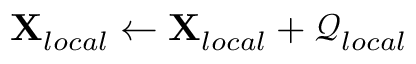
\mathbf { X } _ { l o c a l } \leftarrow \mathbf { X } _ { l o c a l } + \mathcal { Q } _ { l o c a l }